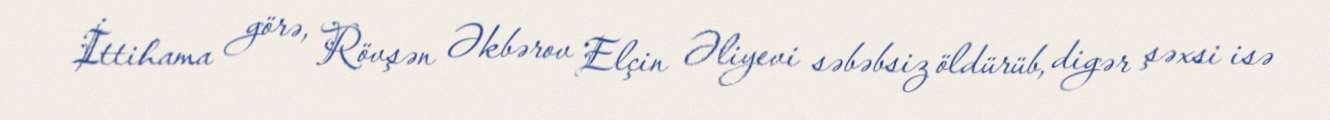
İttihama görə, Rövşən Əkbərov Elçin Əliyevi səbəbsiz öldürüb, digər şəxsi isə